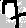
Text: 7